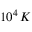
1 0 ^ { 4 } \, K